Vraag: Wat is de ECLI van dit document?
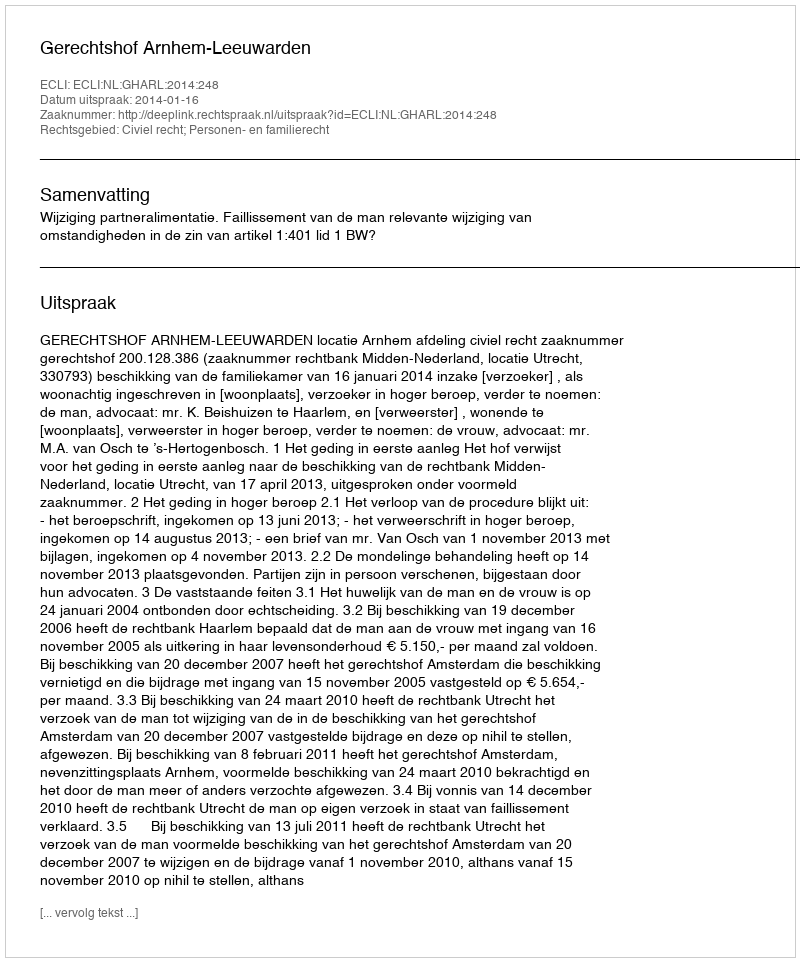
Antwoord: ECLI:NL:GHARL:2014:248